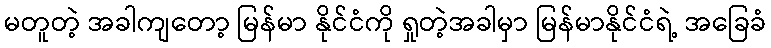
မတူတဲ့ အခါကျတော့ မြန်မာ နိုင်ငံကို ရှုတဲ့အခါမှာ မြန်မာနိုင်ငံရဲ့ အခြေခံ